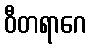
ဝီတရာဂေ